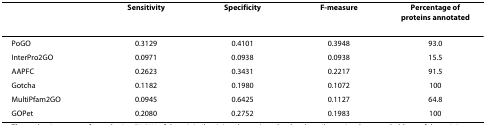
|  | Sensitivity | Specificity | F-measure | Percentage of proteins annotated |
 | --- | --- | --- | --- | --- |
 | PoGO | 0.3129 | 0.4101 | 0.3948 | 93.0 |
 | InterPro2GO | 0.0971 | 0.0938 | 0.0938 | 15.5 |
 | AAPFC | 0.2623 | 0.3431 | 0.2217 | 91.5 |
 | Gotcha | 0.1182 | 0.1980 | 0.1072 | 100 |
 | MultiPfam2GO | 0.0945 | 0.6425 | 0.1127 | 64.8 |
 | GOPet | 0.2080 | 0.2752 | 0.1983 | 100 |